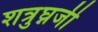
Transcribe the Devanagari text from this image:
शत्रुघ्नजी